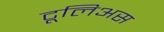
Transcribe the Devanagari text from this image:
टूलिअस